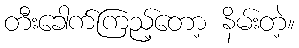
တီးခေါက်ကြည့်တော့ နိမ်းတဲ့။